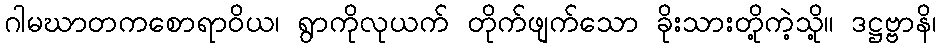
ဂါမဃာတကစောရာဝိယ၊ ရွာကိုလုယက် တိုက်ဖျက်သော ခိုးသားတို့ကဲ့သို့။ ဒဋ္ဌဗ္ဗာနိ၊